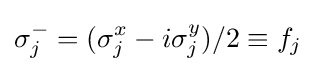
\sigma _{j}^{-}=(\sigma _{j}^{x}-i\sigma _{j}^{y})/2\equiv f_{j}